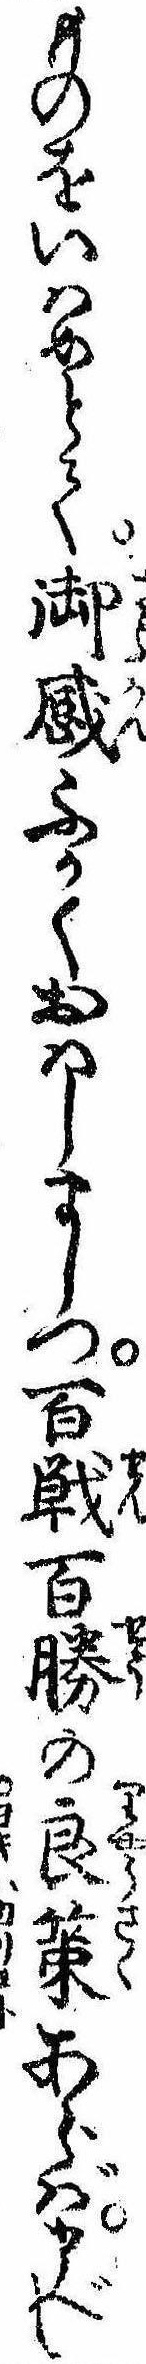
ものをいはめとて御感ふかくおはしましつ百戦百勝の良策あらば申べし